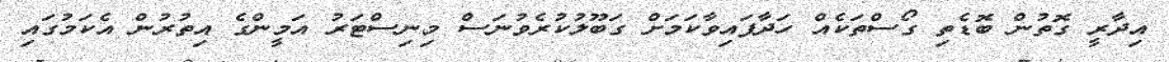
އިދާރީ ގޮތުން ބޮޑެތި ގޯސްތަކެއް ހަދާފައިވާކަމަށް ގަބޫލުކުރެވުނަސް މިނިސްޓަރު އަމީންގެ އިތުރުން އެކަމުގައި